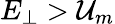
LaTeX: E_{\perp}>\mathcal{U}_{m}